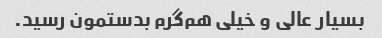
بسیار عالی و خیلی هم‌گرم بدستمون رسید.